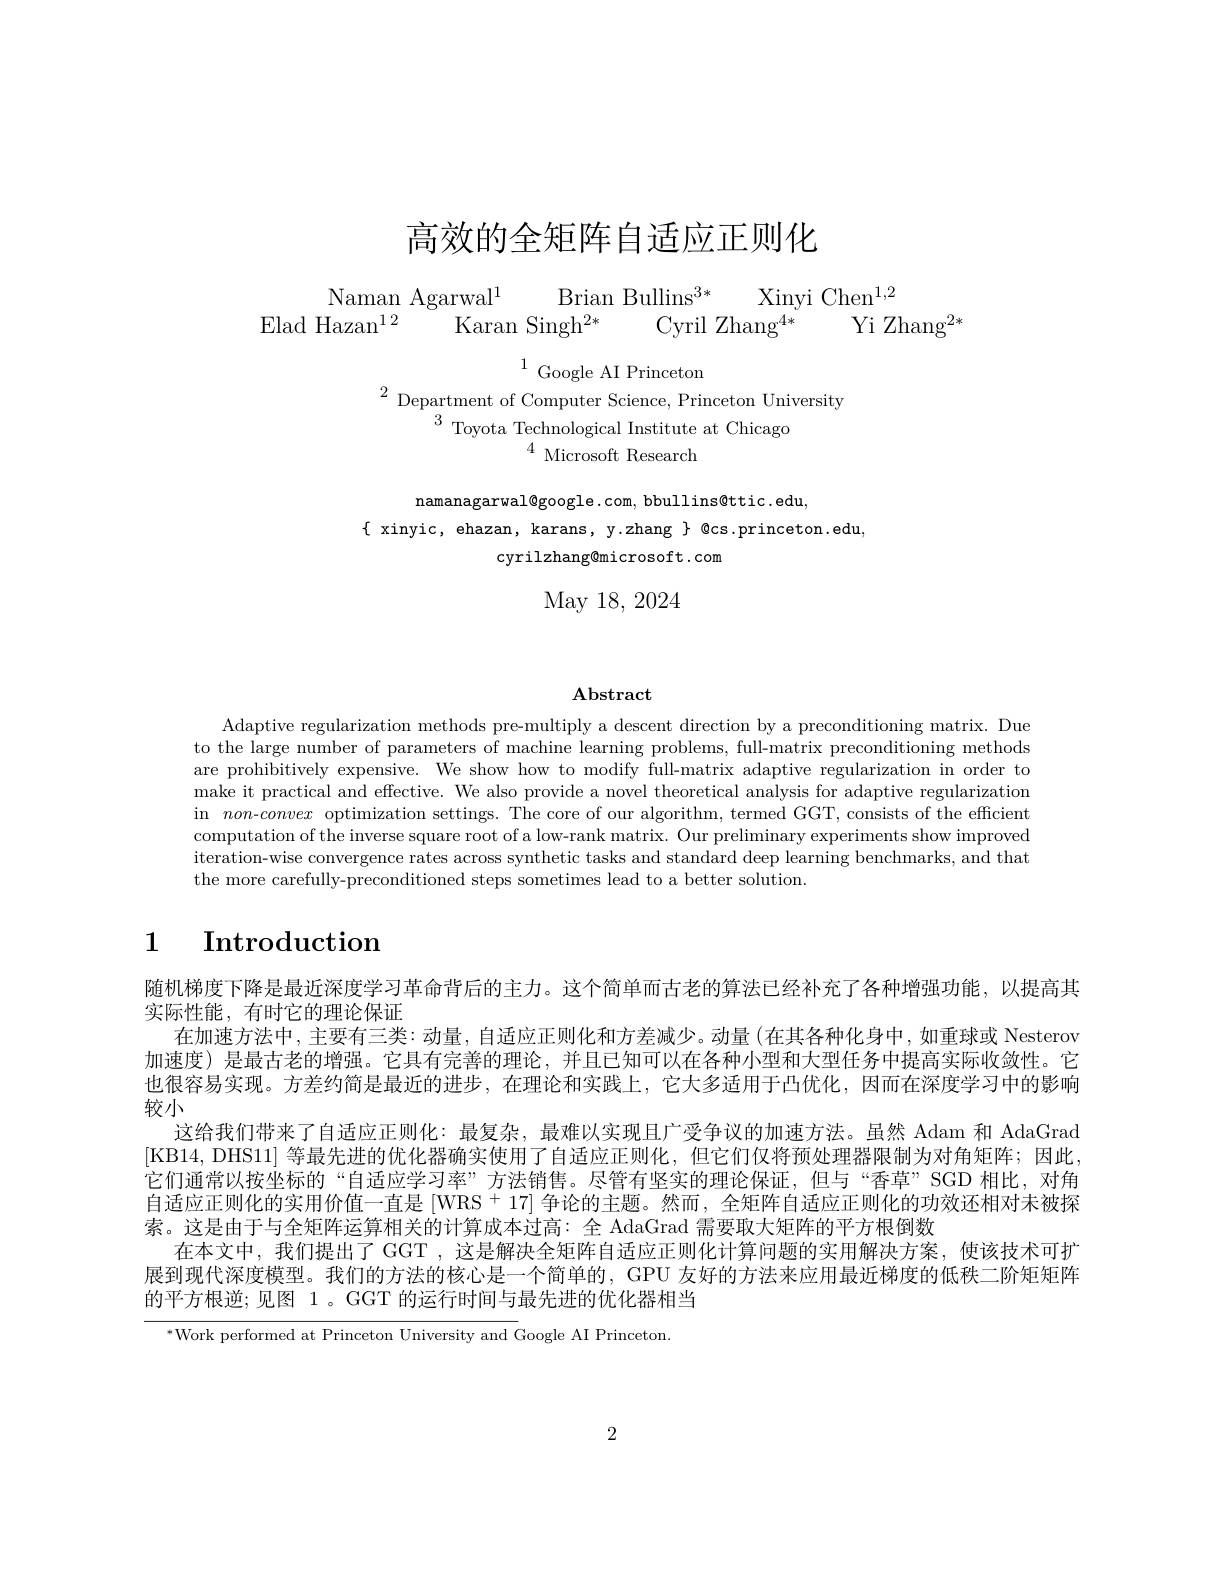
# 高效的全矩阵自适应正则化

$\begin{array}{c}{\mathrm{Naman~Agarwal}^{1}}&{\mathrm{Brian~Bullins}^{3*}}&{\mathrm{Xinyi~Chen}^{1,2}}\\{\mathrm{Elad~Hazan}^{12}}&{\mathrm{Karan~Singh}^{2*}}&{\mathrm{Cyril~Zhang}^{4*}}&{\mathrm{Yi~Zhang}^{2}}\end{array}$

$^{1}$Google AI Princeton
$^{2}\underset{3}{\operatorname*{\text{Department of Computer Science, Princeton University}}}$

$^{3}$ Toyota Technological Institute at Chicago
$^{4}$ Microsoft Research

namanagarwal@google.com, bbullins@ttic.edu,
$\{$ xinyic, ehazan, karans, y.zhang $\}$ Qcs.princeton.edu,
cyrilzhang@microsoft.com

May 18, 2024

$\mathbf{Abstract}$

Adaptive regularization methods pre-multiply a descent direction by a preconditioning matrix. Due to the large number of parameters of machine learning problems, full-matrix preconditioning methods are prohibitively expensive. We show how to modify full-matrix adaptive regularization in order to make it practical and effective. We also provide a novel theoretical analysis for adaptive regularization in non-convex optimization settings. The core of our algorithm, termed GGT, consists of the efficient computation of the inverse square root of a low-rank matrix. Our preliminary experiments show improved iteration-wise convergence rates across synthetic tasks and standard deep learning benchmarks, and thations res and thations res and ting sting ting ting ting ting ting ting ting ting ting ting ting ting ting ting ting ting ting ting ting $(x)$ the more carefully-preconditioned steps sometimes lead to a better solution.

# 1 $\textbf{Introduction}$

随机梯度下降是最近深度学习革命背后的主力。这个简单而古老的算法已经补充了各种增强功能，以提高其
实际性能，有时它的理论保证
在加速方法中，主要有三类：动量，自适应正则化和方差减少。动量(在其各种化身中，如重球或 Nesterov 加速度)是最古老的增强。它具有完善的理论，并且已知可以在各种小型和大型任务中提高实际收敛性。它也很容易实现。方差约简是最近的进步，在理论和实践上，它大多适用于凸优化，因而在深度学习中的影响较小
这给我们带来了自适应正则化：最复杂，最难以实现且广受争议的加速方法。虽然 Adam 和 AdaGrad [KB14,DHS11] 等最先进的优化器确实使用了自适应正则化，但它们仅将预处理器限制为对角矩阵；因此它们通常以按坐标的“自适应学习率”方法销售。尽管有坚实的理论保证，但与“香草”SGD 相比，对角$自适应正则化的实用价值一直是[WRS^+17]争论的主题。然而，全矩阵自适应正则化的功效还相对未被探$ 索。这是由于与全矩阵运算相关的计算成本过高：全 AdaGrad 需要取大矩阵的平方根倒数
在本文中，我们提出了 GGT ,这是解决全矩阵自适应正则化计算问题的实用解决方案，使该技术可扩展到现代深度模型。我们的方法的核心是一个简单的，GPU 友好的方法来应用最近梯度的低秩二阶矩矩阵的平方根逆；见图 1。GGT 的运行时间与最先进的优化器相当

${}^{*}$Work performed at Princeton University and Google AI Princeton

2